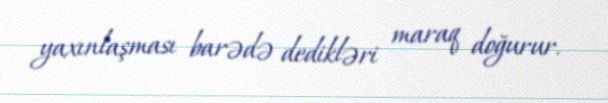
yaxınlaşması barədə dedikləri maraq doğurur.